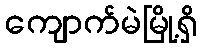
ကျောက်မဲမြို့ရှိ